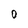
Character: 0